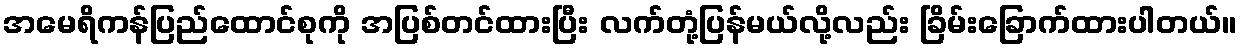
အမေရိကန်ပြည်ထောင်စုကို အပြစ်တင်ထားပြီး လက်တုံ့ပြန်မယ်လို့လည်း ခြိမ်းခြောက်ထားပါတယ်။